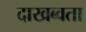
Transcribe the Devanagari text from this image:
दाखब्वता